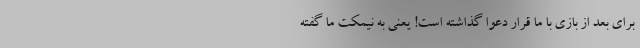
برای بعد از بازی با ما قرارِ دعوا گذاشته است! یعنی به نیمکت ما گفته